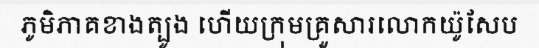
ភូមិភាគខាងត្បូង ហើយក្រុមគ្រួសារលោកយ៉ូសែប